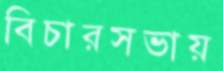
বিচারসভায়